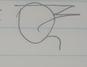
Signature authenticity: forged